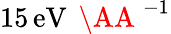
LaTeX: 15\, \mathrm{eV}\, \mathrm{~\AA~}^{-1}